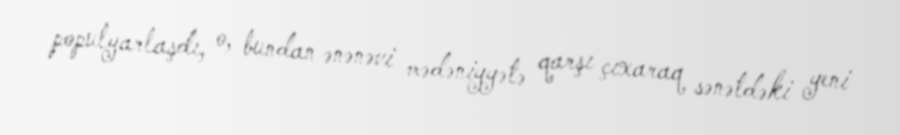
populyarlaşdı, o, bundan ənənəvi mədəniyyətə qarşı çıxaraq sənətdəki yeni